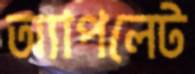
অ্যাপলেট